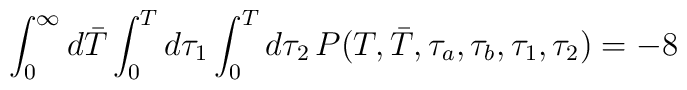
\int_0^{\infty}d\bar T \int_0^T d\tau_1\int_0^Td\tau_2\, P(T,\bar T,\tau_a,\tau_b,\tau_1,\tau_2)= -8\quad